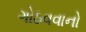
ગોઠવવાનો